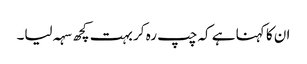
ان کا کہنا ہے کہ چپ رہ کر بہت کچھ سہہ لیا۔